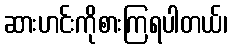
ဆားဟင်းကိုစားကြရပါတယ်၊